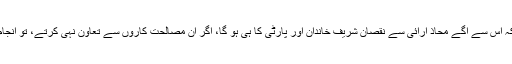
نُون لیگ کے بزرجمہر یہ جانتے ہوئے بھی کہ اس سے آگے محاذ آرائی سے نقصان شریف خاندان اور پارٹی کا ہی ہو گا، اگر ان مصالحت کاروں سے تعاون نہی کرتے، تو انجام پیپلز پارٹی سے بڑھ کر بھیانک ہو سکتا ہے۔